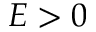
E > 0